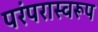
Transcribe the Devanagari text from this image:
परंपरास्वरूप